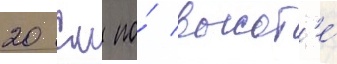
20 см по́ высот'е́